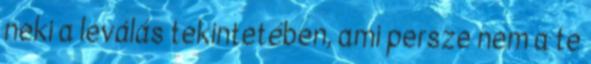
neki a leválás tekintetében, ami persze nem a te